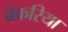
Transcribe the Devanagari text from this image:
बेकरिया